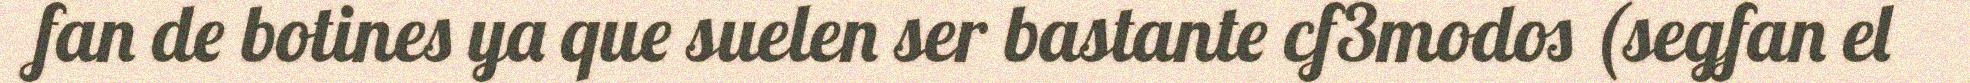
fan de botines ya que suelen ser bastante cf3modos (segfan el